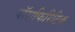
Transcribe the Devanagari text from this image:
पॉराफिरिटिक